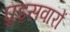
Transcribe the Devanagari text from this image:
घुड़़सवारों